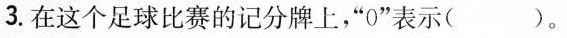
3.在这个足球比赛的记分牌上，”0”表示( )。